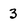
Character: 3